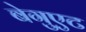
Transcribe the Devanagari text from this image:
बेगुएट